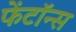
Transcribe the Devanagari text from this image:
फेंटॉन्स